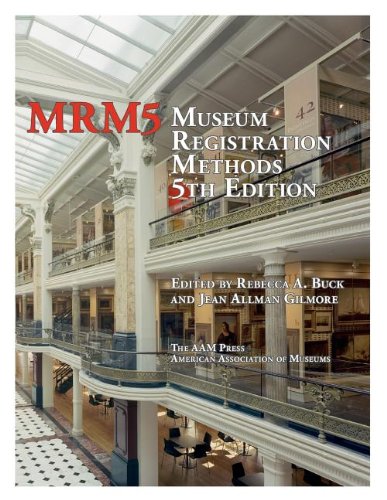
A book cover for Museum Registration Methods; Politics & Social Sciences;